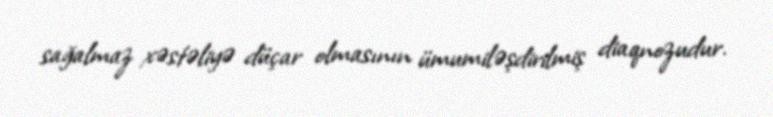
sağalmaz xəstəliyə düçar olmasının ümumiləşdirilmiş diaqnozudur.